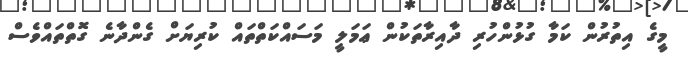
މީގެ އިތުރުން ކަމާ ގުޅުންހުރި ދާއިރާތަކުން ޢަމަލީ މަސައްކަތްތައް ކުރިޔަށް ގެންދާނެ ގޮތްތައްވެސް